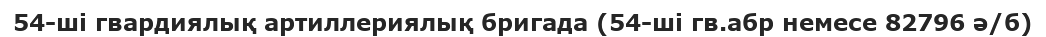
54-ші гвардиялық артиллериялық бригада (54-ші гв.абр немесе 82796 ә/б)